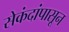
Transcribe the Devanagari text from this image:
सेकंदांपासून